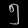
Digit: ၅